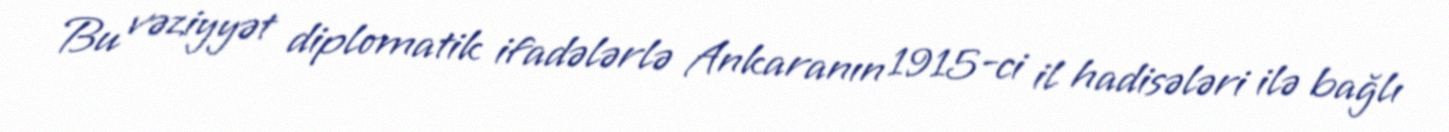
Bu vəziyyət diplomatik ifadələrlə Ankaranın 1915-ci il hadisələri ilə bağlı